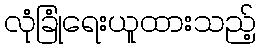
လုံခြုံရေးယူထားသည့်